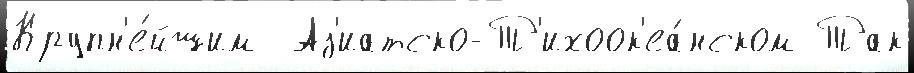
Крупн'е́йшим  Аз'иатско-Т'ихоок'еа́нском Так